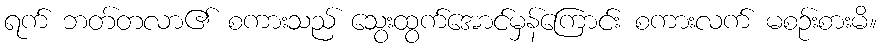
ရက် ဘတ်တလာ၏ စကားသည် သွေးထွက်အောင်မှန်ကြောင်း စကားလက် မစဉ်းစားမိ။